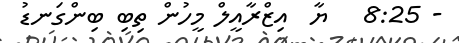
- 8:25   ޔާ  އިޒްރާއީލް މީހުން ތިބި ބިންގަނޑު